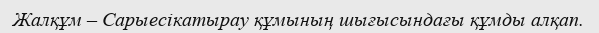
Жалқұм – Сарыесікатырау құмының шығысындағы құмды алқап.